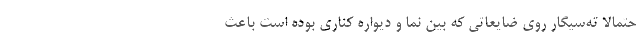
حتمالا ته‌سیگار روی ضایعاتی که بین نما و دیواره کناری بوده است باعث